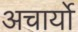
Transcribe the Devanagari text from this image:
अचार्यो